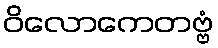
ဝိလောကေတဗ္ဗံ